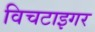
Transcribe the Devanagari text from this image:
विचटाइगर